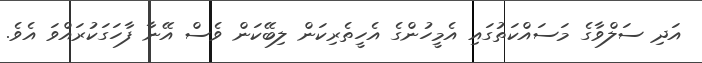
އަދި ސަލްވާގެ މަސައްކަތުގައި އެމީހުންގެ އެހީތެރިކަން ލިބޭކަން ވެސް އޭނާ ފާހަގަކުރައްވަ އެވެ.